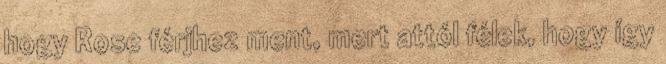
hogy Rose férjhez ment, mert attól félek, hogy így